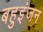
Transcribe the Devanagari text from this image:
बहुइंजन